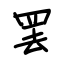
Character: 罢